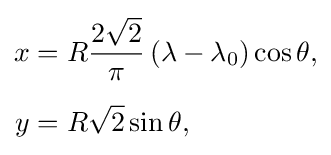
{\begin{aligned}x&=R{\frac {2{\sqrt {2}}}{\pi }}\left(\lambda -\lambda _{0}\right)\cos \theta ,\\[5px]y&=R{\sqrt {2}}\sin \theta ,\end{aligned}}